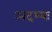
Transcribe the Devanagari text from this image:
अदभ्यः